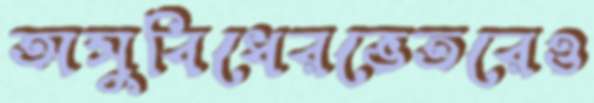
অসুবিধেরভেতরেও